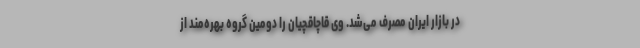
در بازار ایران مصرف می‌شد. وی قاچاقچیان را دومین گروه بهره‌مند از